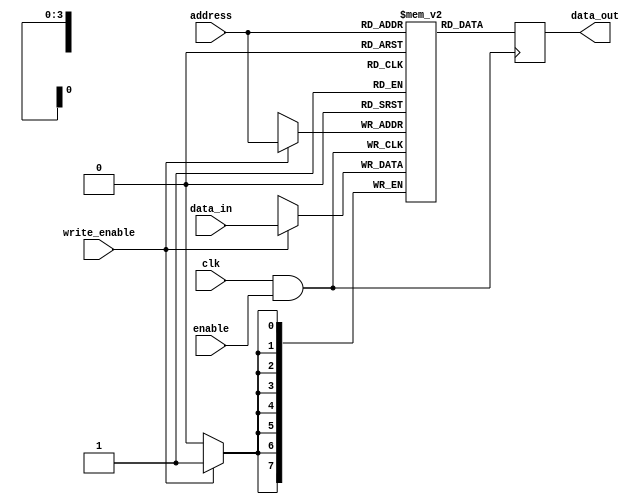
module memory_block (
    input wire clk,                // Main clock signal
    input wire enable,             // Enable signal for clock gating
    input wire [7:0] data_in,      // Data input for the memory block
    input wire [3:0] address,      // Address input for the memory block
    input wire write_enable,        // Write enable signal
    output reg [7:0] data_out      // Data output from the memory block
);

    // Memory array declaration (for example, 16 x 8-bit SRAM)
    reg [7:0] memory_array [0:15];

    // Clock gating logic
    wire gated_clk;
    assign gated_clk = clk & enable; // Gated clock signal

    // Memory operations
    always @(posedge gated_clk) begin
        if (write_enable) begin
            memory_array[address] <= data_in; // Write data to memory
        end
        data_out <= memory_array[address]; // Read data from memory
    end

endmodule